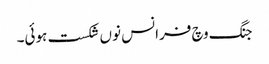
جنگ وچ فرانس نوں شکست ہوئی۔